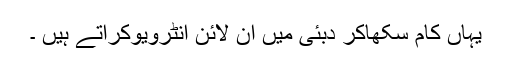
یہاں کام سکھاکر دبئی میں آن لائن انٹرویوکراتے ہیں ۔